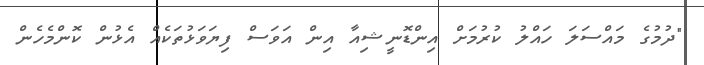
"ދުމުގެ މައްސަލަ ހައްލު ކުރުމަށް އިންޑޮނީޝިއާ އިން އަވަސް ފިޔަވަޅުތަކެއް އެޅުން ކޮންމެހެން